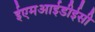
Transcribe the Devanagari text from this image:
ईएमआईडीईसी